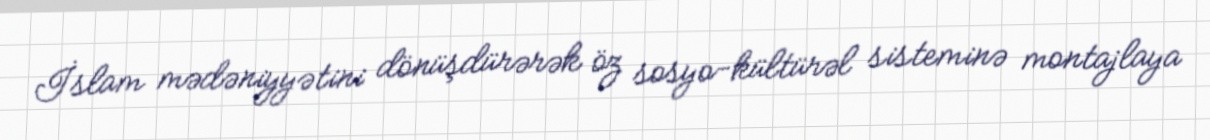
İslam mədəniyyətini dönüşdürərək öz sosyo-kültürəl sisteminə montajlaya